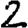
Digit: 2